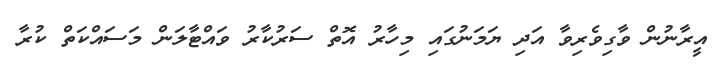
އީރާނުން ވާގިވެރިވާ އަދި ޔަމަނުގައި މިހާރު އޮތް ސަރުކާރު ވައްޓާލަން މަސައްކަތް ކުރާ